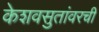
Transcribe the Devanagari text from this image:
केशवसुतांवरची